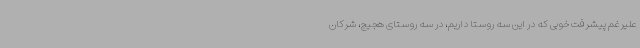
علیرغم پیشرفت خوبی که در این سه روستا داریم، در سه روستای هجیج، شرکان